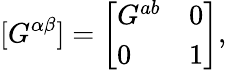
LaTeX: [G^{\alpha\beta}]=\left[\begin{array}{lr}{{G^{ab}}}&{{0}}\\ {{0}}&{{1}}\end{array}\right],